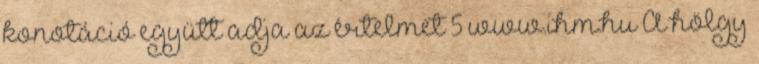
konotáció együtt adja az értelmet 5 www.ihm.hu A hölgy